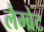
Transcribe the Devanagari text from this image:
लैम्ब्रेट